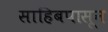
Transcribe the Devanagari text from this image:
साहिबपासून